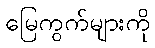
မြေကွက်များကို